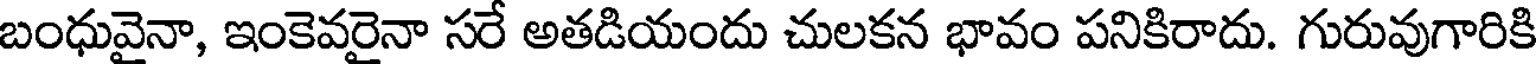
బంధువైనా, ఇంకెవరైనా సరే అతడియందు చులకన భావం పనికిరాదు. గురువుగారికి